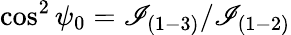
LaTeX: \cos^{2}\psi_{0}=\mathscr{I}_{(1-3)}/\mathscr{I}_{(1-2)}